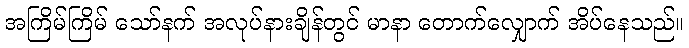
အကြိမ်ကြိမ် သော်နက် အလုပ်နားချိန်တွင် မာနာ တောက်လျှောက် အိပ်နေသည်။